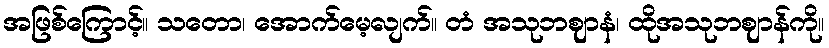
အဖြစ်ကြောင့်။ သတော၊ အောက်မေ့လျက်။ တံ အသုဘဈာနံ၊ ထိုအသုဘဈာန်ကို။